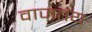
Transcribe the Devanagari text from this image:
वाजतंय